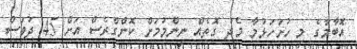
އޮބާމާގެ މި ހުށަހަޅުމާ މެދު ގޮތެއް ނިންމުމަަށް ކޮންގްރެސް އަށް 45 ދުވަސް